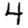
Digit: 4